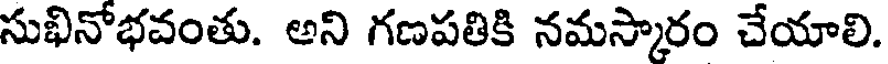
సుఖినోభవంతు. అని గణపతికి నమస్కారం చేయాలి.